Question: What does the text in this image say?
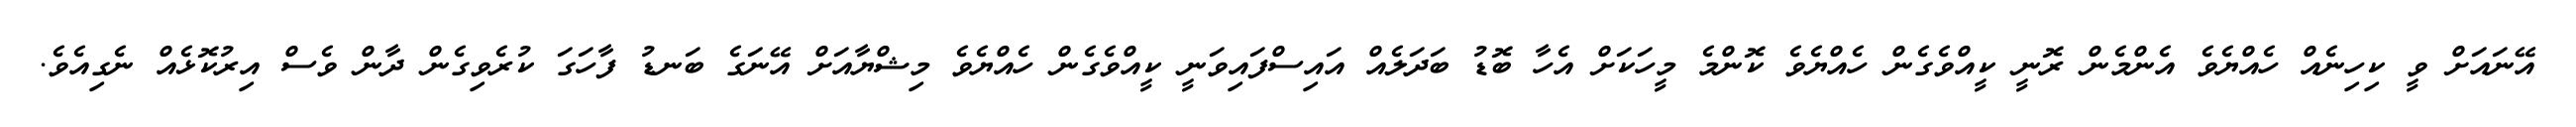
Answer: އޭނައަށް ވީ ކިހިނެއް ހެއްޔެވެ އެންމެން ރޮނީ ކީއްވެގެން ހެއްޔެވެ ކޮންމެ މީހަކަށް އެހާ ބޮޑު ބަދަލެއް އައިސްފައިވަނީ ކީއްވެގެން ހެއްޔެވެ މިޝްޔާއަށް އޭނަގެ ބަނޑު ފާހަގަ ކުރެވިގެން ދާން ވެސް އިރުކޮޅެއް ނެގިއެވެ.